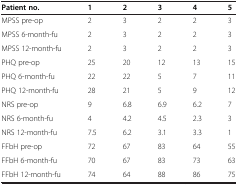
<table><thead><tr><td><b>Patient no.</b></td><td><b>1</b></td><td><b>2</b></td><td><b>3</b></td><td><b>4</b></td><td><b>5</b></td></tr></thead><tbody><tr><td>MPSS pre-op</td><td>2</td><td>3</td><td>2</td><td>2</td><td>3</td></tr><tr><td>MPSS 6-month-fu</td><td>2</td><td>3</td><td>2</td><td>2</td><td>3</td></tr><tr><td>MPSS 12-month-fu</td><td>2</td><td>3</td><td>2</td><td>2</td><td>3</td></tr><tr><td>PHQ pre-op</td><td>25</td><td>20</td><td>12</td><td>13</td><td>15</td></tr><tr><td>PHQ 6-month-fu</td><td>22</td><td>22</td><td>5</td><td>7</td><td>11</td></tr><tr><td>PHQ 12-month-fu</td><td>28</td><td>21</td><td>5</td><td>9</td><td>12</td></tr><tr><td>NRS pre-op</td><td>9</td><td>6.8</td><td>6.9</td><td>6.2</td><td>7</td></tr><tr><td>NRS 6-month-fu</td><td>4</td><td>4.2</td><td>4.5</td><td>2.3</td><td>3</td></tr><tr><td>NRS 12-month-fu</td><td>7.5</td><td>6.2</td><td>3.1</td><td>3.3</td><td>1</td></tr><tr><td>FFbH pre-op</td><td>72</td><td>67</td><td>83</td><td>64</td><td>55</td></tr><tr><td>FFbH 6-month-fu</td><td>70</td><td>67</td><td>83</td><td>73</td><td>63</td></tr><tr><td>FFbH 12-month-fu</td><td>74</td><td>64</td><td>88</td><td>86</td><td>75</td></tr></tbody></table>